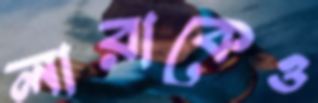
লারাকেও